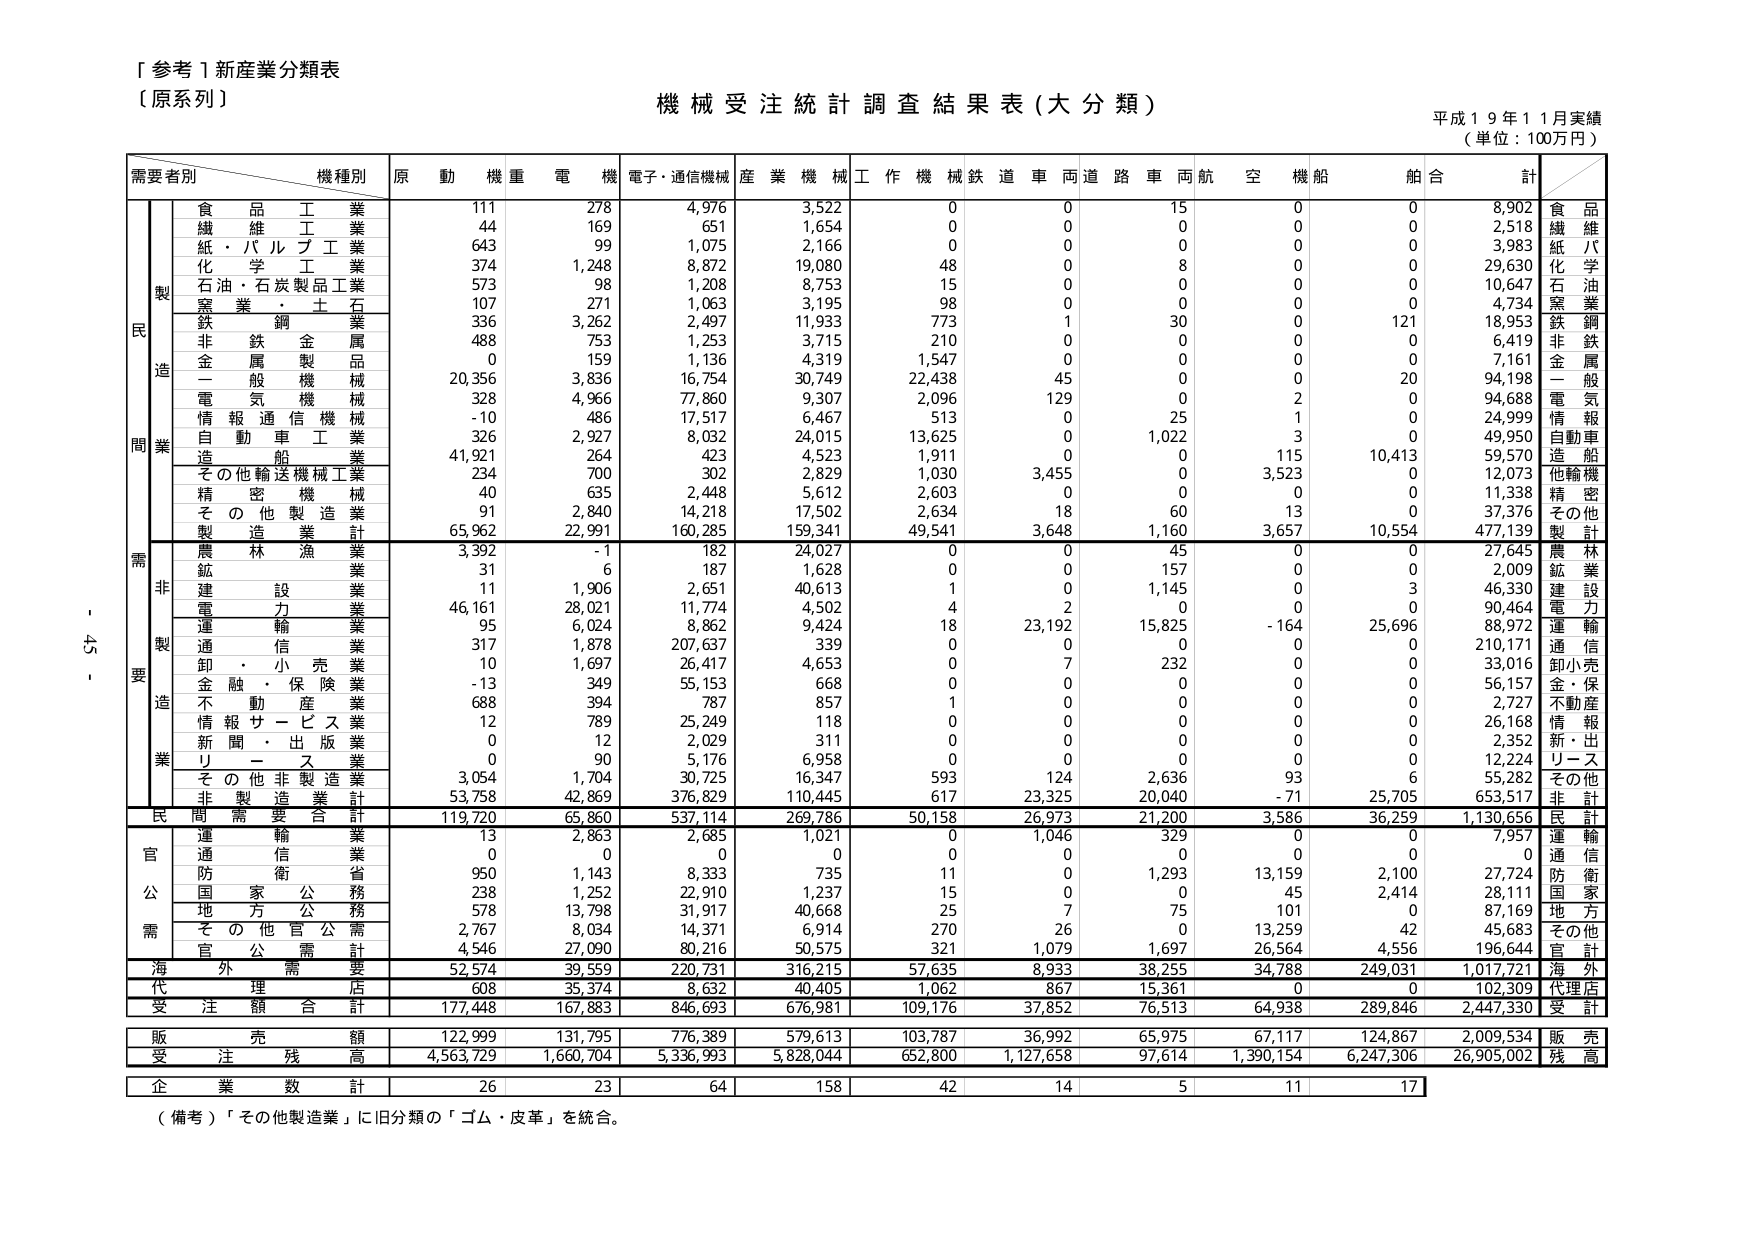
「参考１新産業分類表
〔原系列〕

機械受注統計調査結果表（大分類）
平成１９年１１月実績
（単位：100万円）

需要者別　　機種別　　原　動　機　重　電　機　電子・通信機械　産　業　機　械　工　作　機　械　鉄　道　車　両　道　路　車　両　航　空　機　船　舶　合　計

製造
　　食品工業　　　　　　　111　　278　　4,976　　3,522　　0　　0　　15　　0　　0　　8,902　　食品
　　繊維工業　　　　　　　44　　169　　651　　1,654　　0　　0　　0　　0　　0　　2,518　　繊維
　　紙・パルプ工業　　　　643　　99　　1,075　　2,166　　0　　0　　0　　0　　0　　3,983　　紙パ
　　化学工業　　　　　　　374　　1,248　　8,872　　19,080　　48　　0　　8　　0　　0　　29,630　　化学
　　石油・石炭製品工業　　573　　98　　1,208　　8,753　　15　　0　　0　　0　　0　　10,647　　石油
　　窯業・土石　　　　　　107　　271　　1,063　　3,195　　98　　0　　0　　0　　0　　4,734　　窯業
　　鉄鋼業　　　　　　　　336　　3,262　　2,497　　11,933　　773　　1　　30　　0　　121　　18,953　　鉄鋼
　　非鉄金属　　　　　　　488　　753　　1,253　　3,715　　210　　0　　0　　0　　0　　6,419　　非鉄
　　金属製品　　　　　　　0　　159　　1,136　　4,319　　1,547　　0　　0　　0　　0　　7,161　　金属
　　一般機械　　　　　　　20,356　　3,836　　16,754　　30,749　　22,438　　45　　0　　0　　20　　94,198　　一般
　　電気機械　　　　　　　328　　4,966　　77,860　　9,307　　2,096　　129　　0　　2　　0　　94,688　　電気
　　情報通信機械　　　　　-10　　486　　17,517　　6,467　　513　　0　　25　　1　　0　　24,999　　情報
　　自動車工業　　　　　　326　　2,927　　8,032　　24,015　　13,625　　0　　1,022　　3　　0　　49,950　　自動車
　　造船　　　　　　　　　41,921　　264　　423　　4,523　　1,911　　0　　0　　115　　10,413　　59,570　　造船
　　その他輸送機械工業　　234　　700　　302　　2,829　　1,030　　3,455　　0　　3,523　　0　　12,073　　他輸機
　　精密機械　　　　　　　40　　635　　2,448　　5,612　　2,603　　0　　0　　0　　0　　11,338　　精密
　　その他製造業　　　　　91　　2,840　　14,218　　17,502　　2,634　　18　　60　　13　　0　　37,376　　その他
　　製造業計　　　　　　　65,962　　22,991　　160,285　　159,341　　49,541　　3,648　　1,160　　3,657　　10,554　　477,139　　製計

非製造業
　　農林漁業　　　　　　　3,392　　-1　　182　　24,027　　0　　0　　45　　0　　0　　27,645　　農林
　　鉱業　　　　　　　　　31　　6　　187　　1,628　　0　　0　　157　　0　　0　　2,009　　鉱業
　　建設業　　　　　　　　11　　1,906　　2,651　　40,613　　1　　0　　1,145　　0　　3　　46,330　　建設
　　電力業　　　　　　　　46,161　　28,021　　11,774　　4,502　　4　　2　　0　　0　　0　　90,464　　電力
　　運輸業　　　　　　　　95　　6,024　　8,862　　9,424　　18　　23,192　　15,825　　-164　　25,696　　88,972　　運輸
　　通信業　　　　　　　　317　　1,878　　207,637　　339　　0　　0　　0　　0　　0　　210,171　　通信
　　卸・小売業　　　　　　10　　1,697　　26,417　　4,653　　0　　7　　232　　0　　0　　33,016　　卸小売
　　金融・保険業　　　　　-13　　349　　55,153　　668　　0　　0　　0　　0　　0　　56,157　　金・保
　　不動産業　　　　　　　688　　394　　787　　857　　1　　0　　0　　0　　0　　2,727　　不動産
　　情報サービス業　　　　12　　789　　25,249　　118　　0　　0　　0　　0　　0　　26,168　　情報
　　新聞・出版業　　　　　0　　12　　2,029　　311　　0　　0　　0　　0　　0　　2,352　　新・出
　　リース　　　　　　　　0　　90　　5,176　　6,958　　0　　0　　0　　0　　0　　12,224　　リース
　　その他非製造業　　　　3,054　　1,704　　30,725　　16,347　　593　　124　　2,636　　93　　6　　55,282　　その他
　　非製造業計　　　　　　53,758　　42,869　　376,829　　110,445　　617　　23,325　　20,040　　-71　　25,705　　653,517　　非計

民間需要合計　　　　　　119,720　　65,860　　537,114　　269,786　　50,158　　26,973　　21,200　　3,586　　36,259　　1,130,656　　民計

官公需
　　運輸業　　　　　　　　13　　2,863　　2,685　　1,021　　0　　1,046　　329　　0　　0　　7,957　　運輸
　　通信業　　　　　　　　0　　0　　0　　0　　0　　0　　0　　0　　0　　0　　通信
　　防衛省　　　　　　　　950　　1,143　　8,333　　735　　11　　0　　1,293　　13,159　　2,100　　27,724　　防衛
　　国家公務　　　　　　　238　　1,252　　22,910　　1,237　　15　　0　　0　　45　　2,414　　28,111　　国家
　　地方公務　　　　　　　578　　13,798　　31,917　　40,668　　25　　7　　75　　101　　0　　87,169　　地方
　　その他官公需　　　　　2,767　　8,034　　14,371　　6,914　　270　　26　　0　　13,259　　42　　45,683　　その他
　　官公需計　　　　　　　4,546　　27,090　　80,216　　50,575　　321　　1,079　　1,697　　26,564　　4,556　　196,644　　官計

海外需要　　　　　　　　52,574　　39,559　　220,731　　316,215　　57,635　　8,933　　38,255　　34,788　　249,031　　1,017,721　　海外

代理店　　　　　　　　　608　　35,374　　8,632　　40,405　　1,062　　867　　15,361　　0　　0　　102,309　　代理店

受注額合計　　　　　　177,448　　167,883　　846,693　　676,981　　109,176　　37,852　　76,513　　64,938　　289,846　　2,447,330　　受計

販売額　　　　　　　　　122,999　　131,795　　776,389　　579,613　　103,787　　36,992　　65,975　　67,117　　124,867　　2,009,534　　販売

受注残高　　　　　　　　4,563,729　　1,660,704　　5,336,993　　5,828,044　　652,800　　1,127,658　　97,614　　1,390,154　　6,247,306　　26,905,002　　残高

企業数計　　　　　　　　26　　23　　64　　158　　42　　14　　5　　11　　17

（備考）「その他製造業」に旧分類の「ゴム・皮革」を統合。

- 45 -